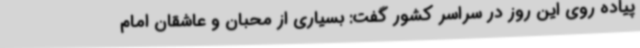
پیاده روی این روز در سراسر کشور گفت: بسیاری از محبان و عاشقان امام